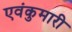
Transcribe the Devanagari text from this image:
एवंकुमारी